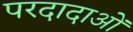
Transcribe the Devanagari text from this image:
परदादाओं